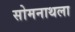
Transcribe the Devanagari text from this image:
सोमनाथला